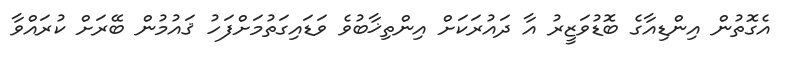
އެގޮތުން އިންޑިއާގެ ބޮޑުވަޒީރު އާ ދައުރަކަށް އިންތިޚާބުވެ ވަޑައިގަތުމަށްފަހު ޤައުމުން ބޭރަށް ކުރައްވާ